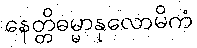
နေတ္တိဓမ္မာနုလောမိကံ